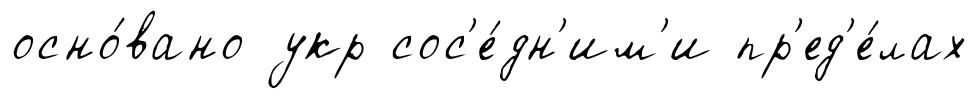
осно́вано укр сос'е́дн'им'и пр'ед'е́лах